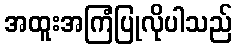
အထူးအကြံပြုလိုပါသည်